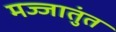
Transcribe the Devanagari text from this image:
मज्जातुंत